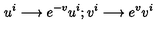
u ^ { i } \longrightarrow e ^ { - v } u ^ { i } ; v ^ { i } \longrightarrow e ^ { v } v ^ { i }